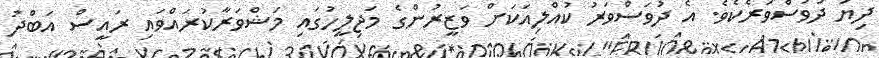
ދިޔަ ދުވަސްވަރެކެވެ. އެ ދުވަސްވަރު ކުއްލިއަކަށް ވަޒީރުންގެ މަޖިލީހުގައި މަޝްވަރާކުރައްވައި ރައީސް އަބްދު